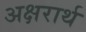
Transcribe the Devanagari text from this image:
अक्षरार्थ